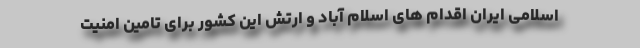
اسلامی ایران اقدام های اسلام آباد و ارتش این کشور برای تامین امنیت